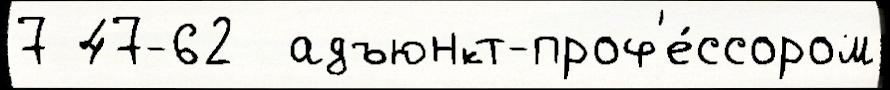
7 47-62  адъюнкт-проф'е́ссором